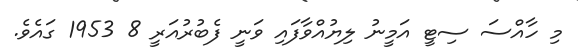
މި ހާއްސަ ސިޓީ އަމީނު ލިޔުއްވާފައި ވަނީ ފެބުރުއަރީ 8 1953 ގައެވެ.